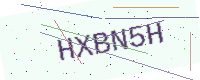
Text: HXBN5H